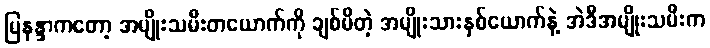
မြနန္ဒာကတော့ အမျိုးသမီးတယောက်ကို ချစ်မိတဲ့ အမျိုးသားနှစ်ယောက်နဲ့ အဲဒီအမျိုးသမီးက